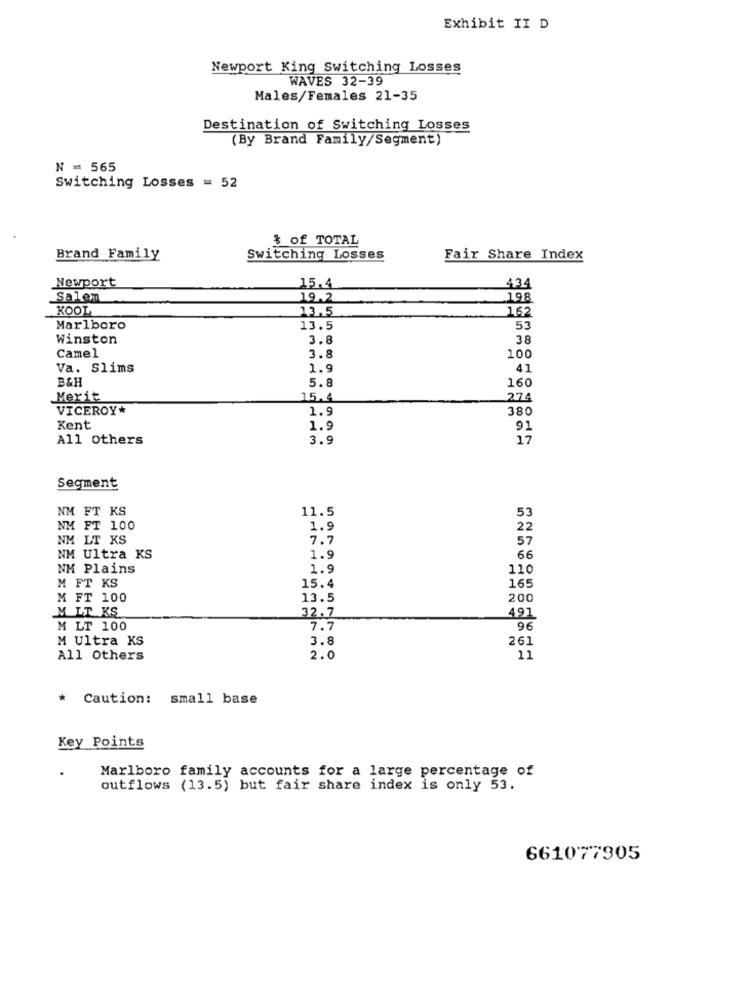
Exhibit II D
Newport King Switching Losses
WAVES 32-39
Males/Females 21-35
Destination of Switching Losses
(By Brand Family/Segment)
N = 565
Switching Losses = 52
& of TOTAL
Brand Family
Switching Losses
Fair Share Index
Newport
15.4
434
Salem
19.2
198
KOOL
13,5
162
Marlboro
13.5
53
Winston
3.8
38
Camel
3.8
100
Va. Slims
1.9
41
B&H
160
5.8
Merit
15.4
274
VICEROY*
1.9
380
Kent
1.9
91
All Others
3.9
17
Segment
NM FT KS
11.5
53
NM FT 100
1.9
22
NM LT KS
7.7
57
NM Ultra KS
1.9
66
NM Plains
1.9
110
M FT KS
15.4
165
M FT 100
13.5
200
M LT KS
32.7
491
M LT 100
7.7
96
M Ultra KS
3.8
261
All Others
2.0
11
* Caution: small base
Key Points
Marlboro family accounts for a large percentage of
outflows (13.5) but fair share index is only 53.
661077905